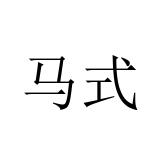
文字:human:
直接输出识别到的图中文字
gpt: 马式